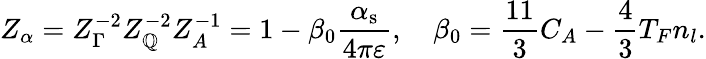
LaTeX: Z_{\alpha}=Z_{\Gamma}^{-2}Z_{\mathbb{Q}}^{-2}Z_{A}^{-1}=1-\beta_{0}\frac{{\alpha_{\mathrm{{s}}}}}{{4\pi\varepsilon}},\quad\beta_{0}=\frac{{11}}{{3}}C_{A}-\frac{{4}}{{3}}T_{F}n_{l}.